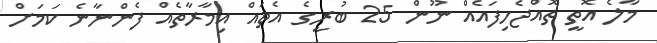
މާލެ އޮތީ ތޮއްޖެހިފައެއް ނޫން 25 ބުރީގެ އެތައް އިމާރާތެއް ފެންނާނެ ކަމަށް